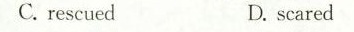
C.rescuedD. scared